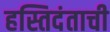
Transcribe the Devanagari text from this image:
हस्तिदंताची